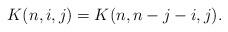
LaTeX: \begin{align*} K(n,i,j) = K(n,n-j-i,j). \end{align*}